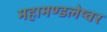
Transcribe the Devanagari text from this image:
महामण्डलेष्वर